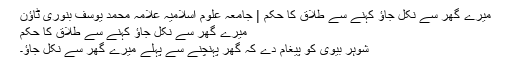
میرے گھر سے نکل جاؤ کہنے سے طلاق کا حکم | جامعہ علوم اسلامیہ علامہ محمد یوسف بنوری ٹاؤن
میرے گھر سے نکل جاؤ کہنے سے طلاق کا حکم
شوہر بیوی کو پیغام دے کہ گھر پہنچنے سے پہلے میرے گھر سے نکل جاؤ۔